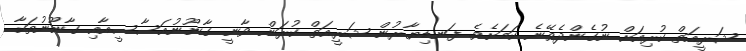
ޝަރީއަތް ކުރިއަށް ނުގެންދެވޭނެ ކަމަށެވެ. ފަނޑިޔާރުން ޝަރީއަތް ކުރަން ވާނީ ގާނޫނުއަސާސީއާއި ގާނޫނުތަކާ